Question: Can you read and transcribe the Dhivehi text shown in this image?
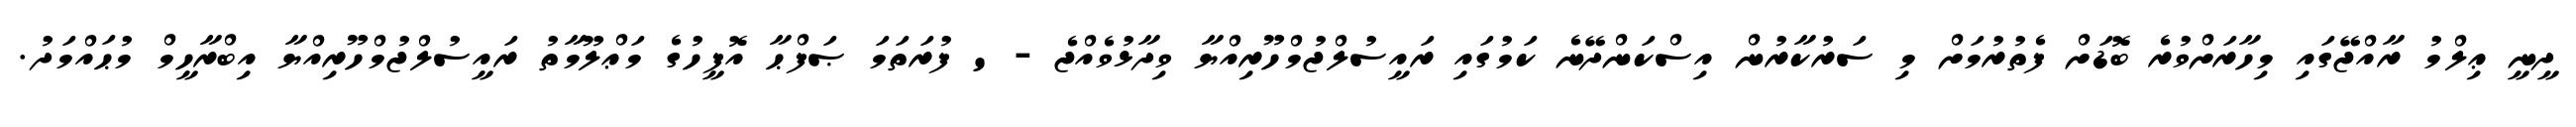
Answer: ދީނީ ޢިލްމު ރާއްޖޭގައި މިހާރަށްވުރެ ބޮޑަށް ފެތުރުމަށް މި ސަރުކާރުން އިސްކަންދޭނެ ކަމުގައި ރައީސުލްޖުމްހޫރިއްޔާ ވިދާޅުވެއްޖެ - ' ފުރަތަމަ ޞަފްޙާ އޮފީހުގެ މަޢްލޫމާތު ރައީސުލްޖުމްހޫރިއްޔާ އިބްރާހީމް މުޙައްމަދު.